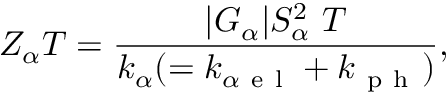
Z _ { \alpha } T = \frac { \lvert G _ { \alpha } \rvert S _ { \alpha } ^ { 2 } ~ T } { k _ { \alpha } ( = k _ { \alpha \mathrm { ~ e ~ l ~ } } + k _ { \mathrm { ~ p ~ h ~ } } ) } ,